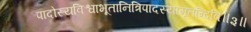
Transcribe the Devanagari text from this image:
पादोस्यविश्वाभूतानित्रिपादस्यामृतन्दिवि॥३॥